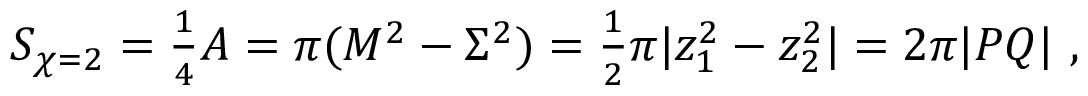
S _ { \chi = 2 } = { \textstyle \frac { 1 } { 4 } } A = \pi ( M ^ { 2 } - \Sigma ^ { 2 } ) = { \textstyle \frac { 1 } { 2 } } \pi | z _ { 1 } ^ { 2 } - z _ { 2 } ^ { 2 } | = 2 \pi | P Q | \ ,